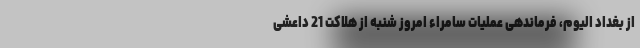
از بغداد الیوم، فرماندهی عملیات سامراء امروز شنبه از هلاکت 21 داعشی